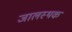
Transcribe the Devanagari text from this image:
जालस्थक